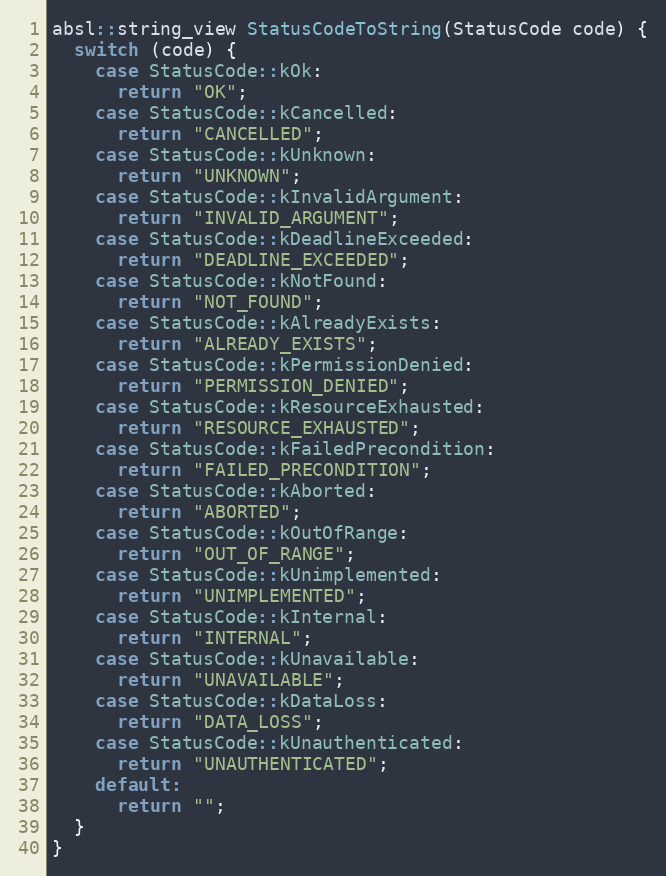
Language: C++
absl::string_view StatusCodeToString(StatusCode code) {
  switch (code) {
    case StatusCode::kOk:
      return "OK";
    case StatusCode::kCancelled:
      return "CANCELLED";
    case StatusCode::kUnknown:
      return "UNKNOWN";
    case StatusCode::kInvalidArgument:
      return "INVALID_ARGUMENT";
    case StatusCode::kDeadlineExceeded:
      return "DEADLINE_EXCEEDED";
    case StatusCode::kNotFound:
      return "NOT_FOUND";
    case StatusCode::kAlreadyExists:
      return "ALREADY_EXISTS";
    case StatusCode::kPermissionDenied:
      return "PERMISSION_DENIED";
    case StatusCode::kResourceExhausted:
      return "RESOURCE_EXHAUSTED";
    case StatusCode::kFailedPrecondition:
      return "FAILED_PRECONDITION";
    case StatusCode::kAborted:
      return "ABORTED";
    case StatusCode::kOutOfRange:
      return "OUT_OF_RANGE";
    case StatusCode::kUnimplemented:
      return "UNIMPLEMENTED";
    case StatusCode::kInternal:
      return "INTERNAL";
    case StatusCode::kUnavailable:
      return "UNAVAILABLE";
    case StatusCode::kDataLoss:
      return "DATA_LOSS";
    case StatusCode::kUnauthenticated:
      return "UNAUTHENTICATED";
    default:
      return "";
  }
}